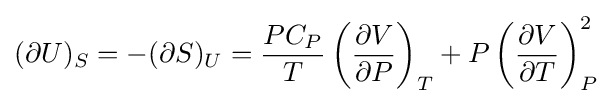
(\partial U)_{S}=-(\partial S)_{U}={\frac {PC_{P}}{T}}\left({\frac {\partial V}{\partial P}}\right)_{T}+P\left({\frac {\partial V}{\partial T}}\right)_{P}^{2}